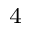
_ 4